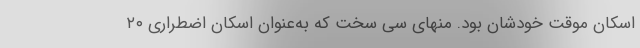
اسکان موقت خودشان بود. منهای سی سخت که به‌عنوان اسکان اضطراری ۲۰